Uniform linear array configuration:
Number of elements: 12
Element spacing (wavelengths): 0.75
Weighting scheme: binomial
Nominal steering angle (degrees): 30
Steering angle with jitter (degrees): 29.232
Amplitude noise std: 0.05
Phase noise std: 0.05

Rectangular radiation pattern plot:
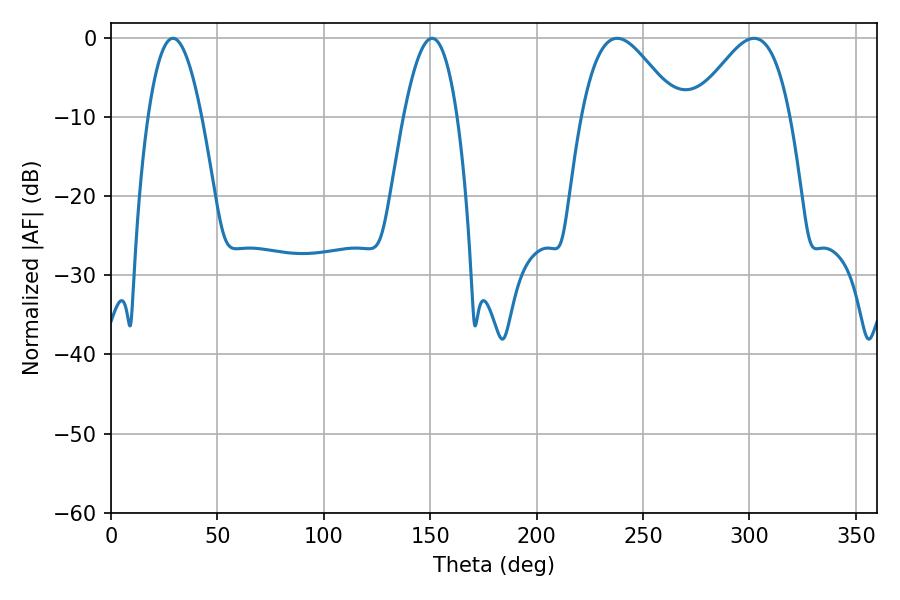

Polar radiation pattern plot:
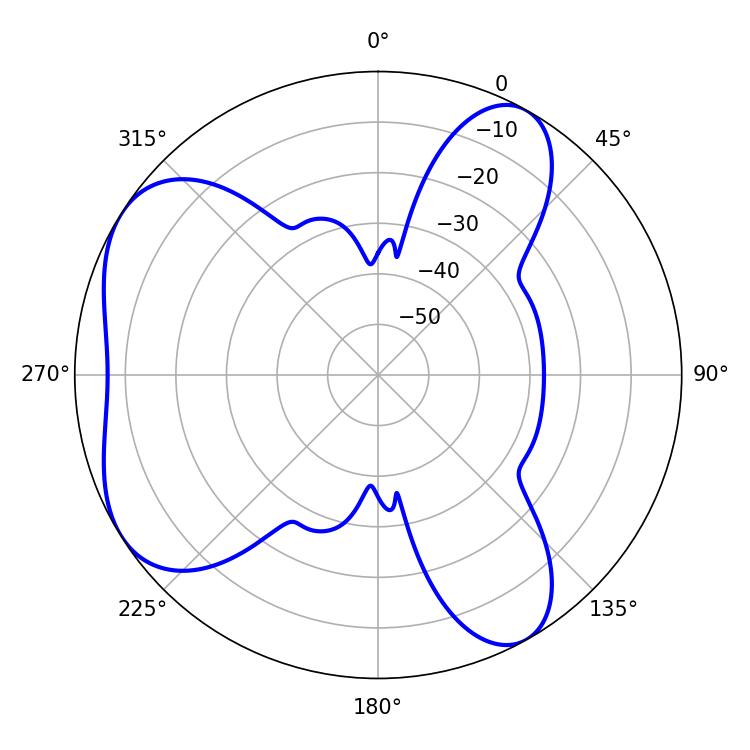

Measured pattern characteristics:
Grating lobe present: TRUE
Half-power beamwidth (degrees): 13.68
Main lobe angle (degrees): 29.16